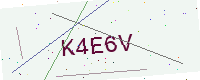
Text: K4E6V